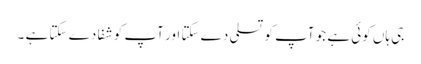
جی ہاں کوئی ہے جو آپ کو تسلی دے سکتا اور آپ کو شفا دے سکتا ہے ۔